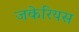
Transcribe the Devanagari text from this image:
जकेरियस